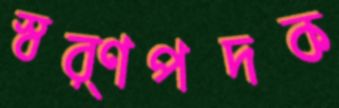
স্বর্ণপদক